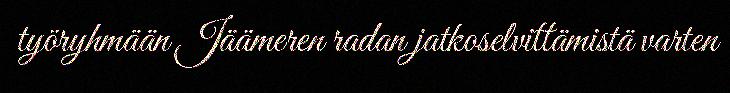
työryhmään Jäämeren radan jatkoselvittämistä varten